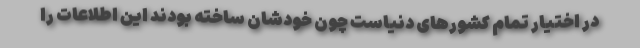
در اختیار تمام کشورهای دنیاست چون خودشان ساخته بودند این اطلاعات را